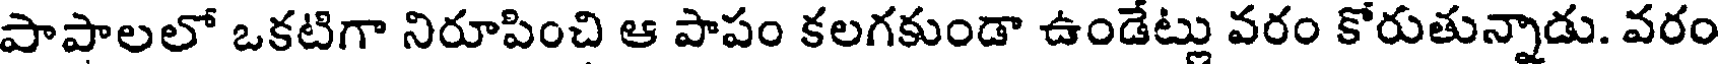
పాపాలలో ఒకటిగా నిరూపించి ఆ పాపం కలగకుండా ఉండేట్లు వరం కోరుతున్నాడు. వరం